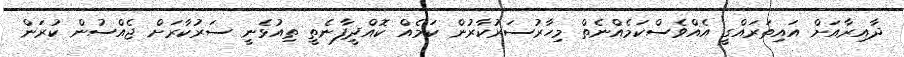
ދާއިރާއަށް އައިތަރައްގީ އެއްވެސްކަމެއްނެތް މިހާރުސަރުކާރުން ކަމެއް ކޮއްދީފާނެތީ ތިއުޅެނީ ސަރުކާރަށް ޖެއްސުން ކުރަން